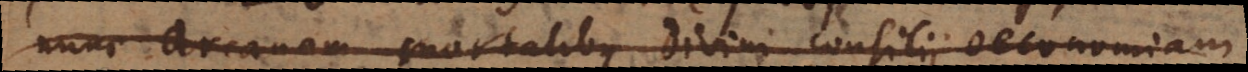
nunc arcanam mortalibus divini consilii oeconomiam